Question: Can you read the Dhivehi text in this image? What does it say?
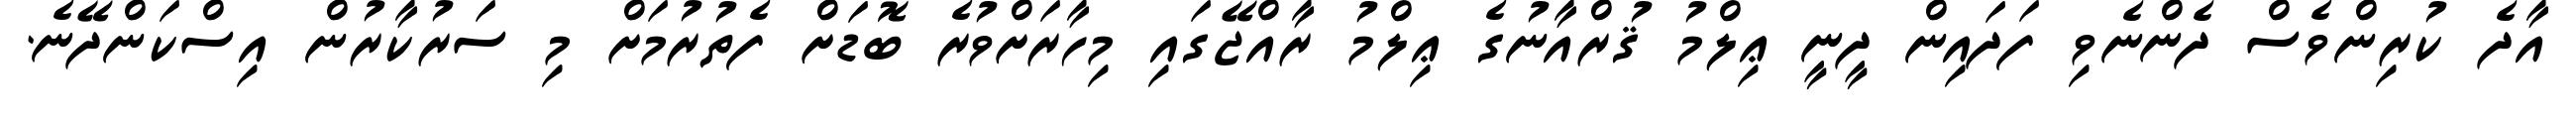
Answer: އާދެ ކުރިންވެސް ދެންނެވި ފަދައިން ދީނީ ޢިލްމު ޤުރްއާނުގެ ޢިލްމު ރާއްޖޭގައި މިހާރަށްވުރެ ބޮޑަށް ފެތުރުމަށް މި ސަރުކާރުން އިސްކަންދޭނެ.